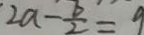
2 a - \frac { b } { 2 } = 9